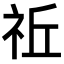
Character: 𥙂